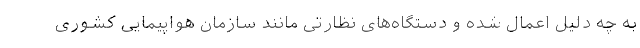
به چه دلیل اعمال شده و دستگاه‌های نظارتی مانند سازمان هواپیمایی کشوری